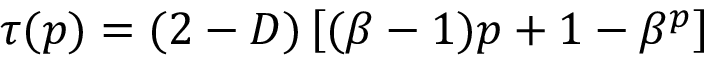
\tau ( p ) = ( 2 - D ) \left[ ( \beta - 1 ) p + 1 - \beta ^ { p } \right]